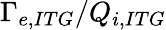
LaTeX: \Gamma_{e,ITG}/Q_{i,ITG}